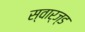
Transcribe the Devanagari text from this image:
स्वार्ज्ड